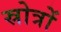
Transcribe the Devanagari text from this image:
स्रोत्रों